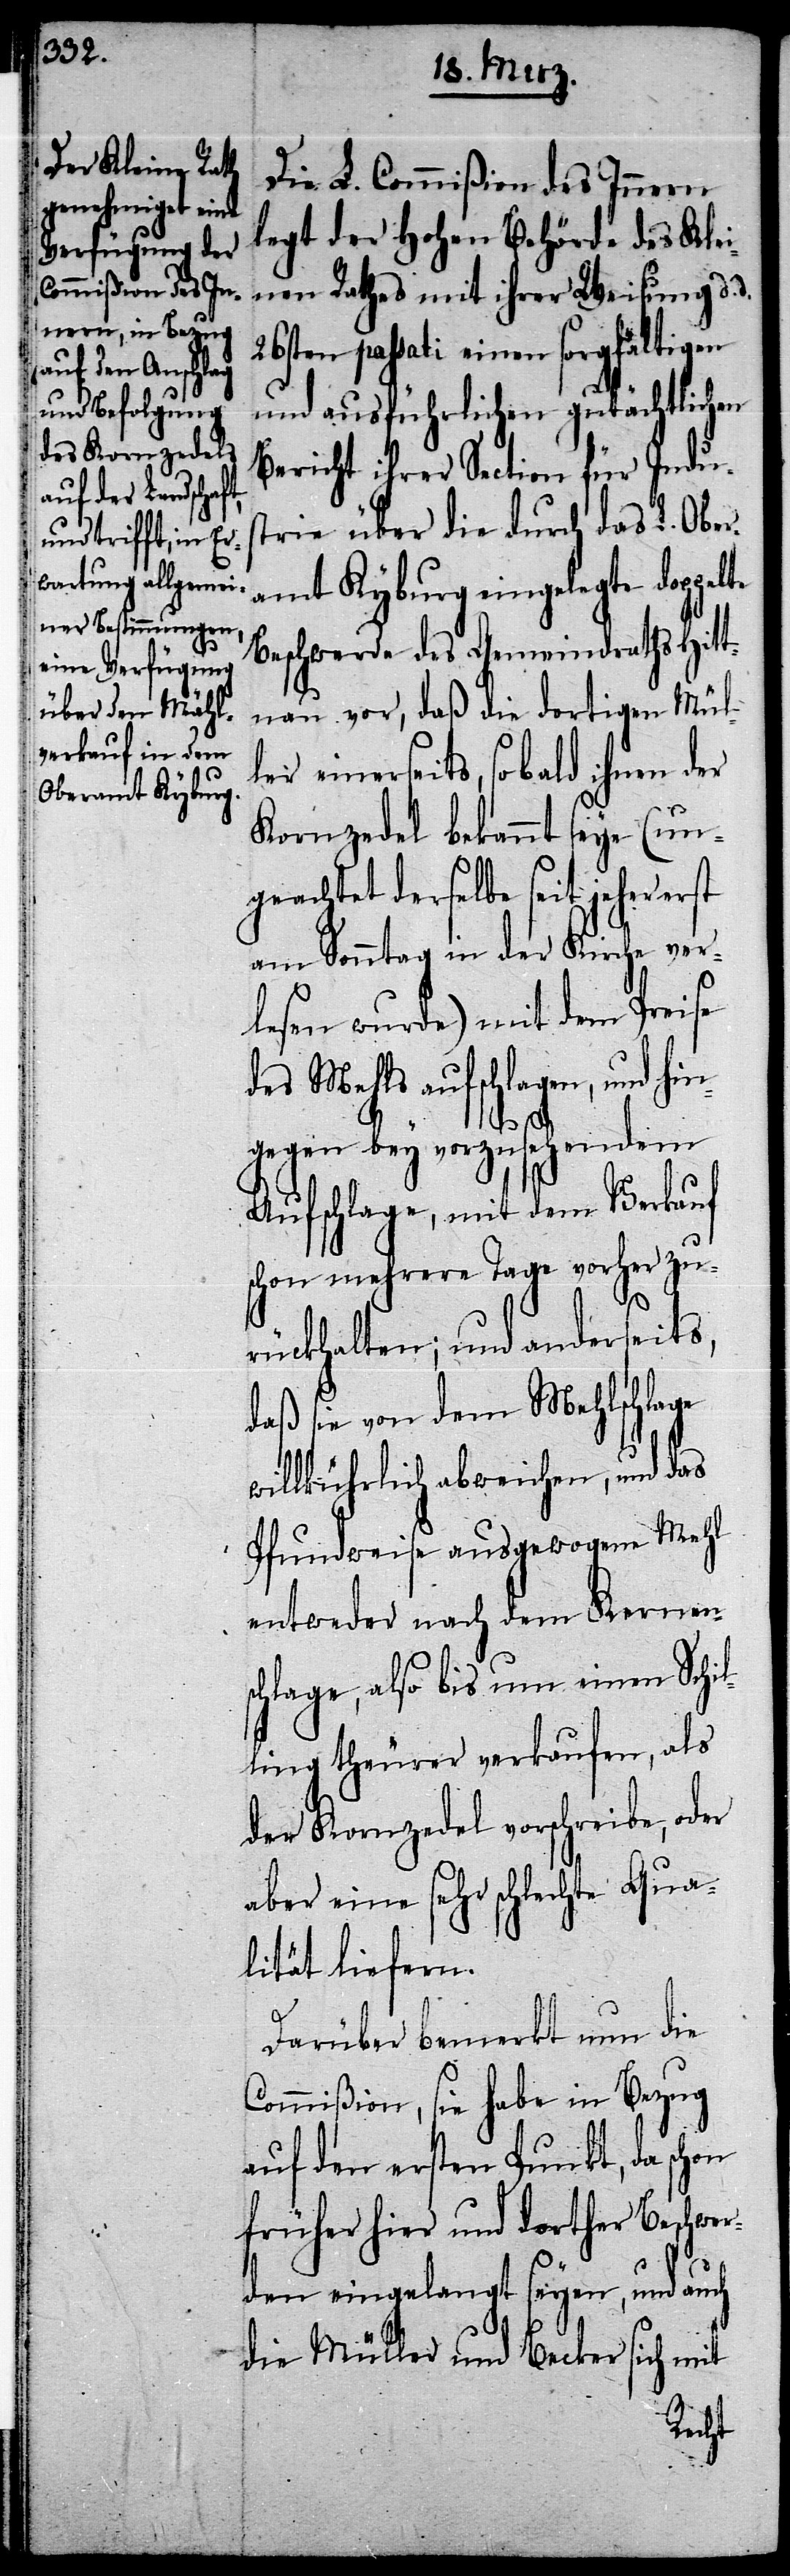
Die L. Commißion des Innern
legt der Hohen Behörde des Klei¬
nen Rathes mit ihrer Weisung d.
26sten passati einen sorgfältigen
und ausführlichen gutächtlichen
Bericht ihrer Section für Indus¬
trie über die durch das L. Ober¬
amt Kyburg eingelegte doppelte
Beschwerde des Gemeindraths Hitt¬
nau vor, daß die dortigen Mül¬
ler einerseits, sobald ihnen der
Kornzedel bekannt seye (un¬
geachtet derselbe seit jeher erst
am Sonntag in der Kirche ver¬
lesen wurde) mit dem Preise
des Mehls aufschlagen, und hin¬
gegen bey vorzusehendem
Aufschlage, mit dem Verkauf
schon mehrere Tage vorher zu¬
rückhalten; und anderseits,
daß sie von dem Mehlschlage
willkührlich abweichen, und das
Pfundweise ausgewogene Mehl
entweder nach dem Kernen¬
schlage, also bis um einen Schi¬
lling theurer verkaufen, als
der Kornzedel vorschreibe, oder
aber eine sehr schlechte Qua¬
lität liefern.
Darüber bemerkt nun die
Commißion, sie habe in Bezug
auf den ersten Punkt, da schon
früher hier und dorther Beschwer¬
den eingelangt seyen, und auch
die Müller und Becker sich mit